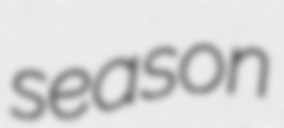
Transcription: season